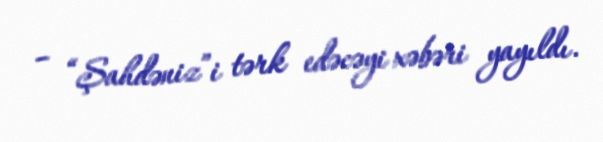
– “Şahdəniz”i tərk edəcəyi xəbəri yayıldı.